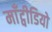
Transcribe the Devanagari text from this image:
माँट्वीडियो